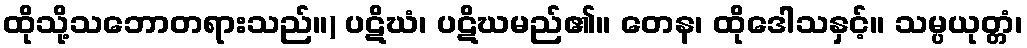
ထိုသို့သဘောတရားသည်။) ပဋိဃံ၊ ပဋိဃမည်၏။ တေန၊ ထိုဒေါသနှင့်။ သမ္ပယုတ္တံ၊